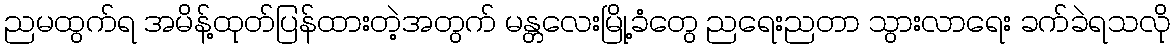
ညမထွက်ရ အမိန့်ထုတ်ပြန်ထားတဲ့အတွက် မန္တလေးမြို့ခံတွေ ညရေးညတာ သွားလာရေး ခက်ခဲရသလို